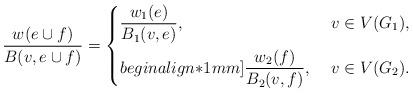
LaTeX: \begin{align*}\frac{w(e\cup f)}{B(v,e\cup f)}=\begin{dcases}\frac{w_1(e)}{B_1(v,e)}, & \ v\in V(G_1),\\begin{align*}1mm]\frac{w_2(f)}{B_2(v,f)}, & \ v\in V(G_2).\end{dcases} \end{align*}